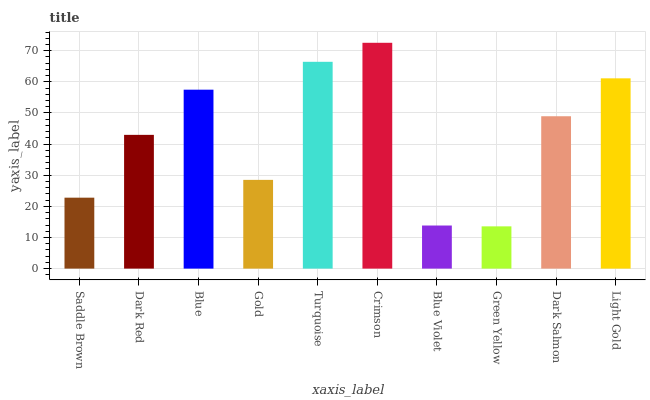
| xaxis_label | bars |
 | --- | --- |
 | Saddle Brown | 22.8 |
 | Dark Red | 43 |
 | Blue | 57.5 |
 | Gold | 28.5 |
 | Turquoise | 66.4 |
 | Crimson | 72.5 |
 | Blue Violet | 13.8 |
 | Green Yellow | 13.6 |
 | Dark Salmon | 48.9 |
 | Light Gold | 61.1 |